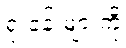
ရုံးခန်းများကို